Indian journal of veterinary science and animal husbandry - Volumes 15-17, 1948-1951
Year: 1948
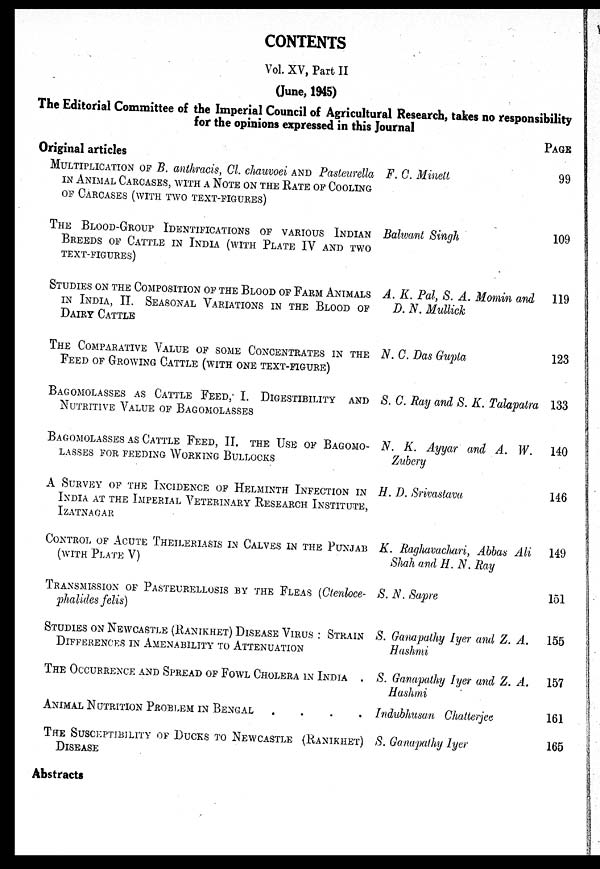
CONTENTS
Vol. XV, Part II
(June, 1945)
The Editorial Committee of the Imperial Council of Agricultural Research, takes no responsibility
for the opinions expressed in this Journal
Original articles
MULTIPLICATION OF B. anthracis, Cl. chauvoei AND Pasteurella
IN ANIMAL CARCASES, WITH A NOTE ON THE RATE OF COOLING
OF CARCASES (WITH TWO TEXT-FIGURES)
THE BLOOD-GROUP IDENTIFICATIONS OF VARIOUS INDIAN
BREEDS OF CATTLE IN INDIA (WITH PLATE IV AND TWO
TEXT-FIGURES)
STUDIES ON THE COMPOSITION OF THE BLOOD OF FARM ANIMALS
IN INDIA, II. SEASONAL VARIATIONS IN THE BLOOD OF
DAIRY CATTLE
THE COMPARATIVE VALUE OF SOME CONCENTRATES IN THE
FEED OF GROWING CATTLE (WITH ONE TEXT-FIGURE)
BAGOMOLASSES AS CATTLE FEED, I. DIGESTIBILITY AND
NUTRITIVE VALUE OF BAGOMOLASSES
BAGOMOLASSES AS CATTLE FEED, II. THE USE OF BAGOMO-
LASSES FOR FEEDING WORKING BULLOCKS
A SURVEY OF THE INCIDENCE OF HELMINTH INFECTION IN
INDIA AT THE IMPERIAL VETERINARY RESEARCH INSTITUTE,
IZATNAGAR
CONTROL OF ACUTE THEILERIASIS IN CALVES IN THE PUNJAB
(WITH PLATE V)
TRANSMISSION OF PASTEURELLOSIS BY THE FLEAS(Ctenloce-
phalides felis)
STUDIES ON NEWCASTLE (RANIKHET) DISEASE VIRUS: STRAIN
DIFFERENCES IN AMENABILITY TO ATTENUATION
THE OCCURRENCE AND SPREAD OF FOWL CHOLERA IN INDIA.
ANIMAL NUTRITION PROBLEM IN BENGAL .
.
.
.
THE SUSCEPTIBILITY OF DUCKS TO NEWCASTLE (RANIKHET)
DISEASE
Abstracts
F. C. Minett
Balwant Singh
A. K. Pal, S. A. Momin and
D. N. Mullick
N. C. Das Gupta
S. C. Ray and S. K. Talapatra
N. K. Ayyar and A. W.
Zubery
H. D. Srivastava
K. Raghavachari, Abbas Ali
Shah and H. N. Ray
S. N. Sapre
S. Ganapathy Iyer and Z. A,
Hashmi
S. Ganapathy Iyer and Z. A.
Hashmi
Indubhusan Chatterjee
S. Ganapathy Iyer
PAGE
99
109
119
123
133
140
146
149
151
155
157
161
165